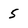
Character: 5